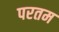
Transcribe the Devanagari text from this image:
परतम